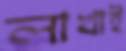
লাখাই